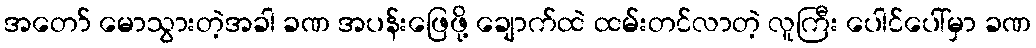
အတော် မောသွားတဲ့အခါ ခဏ အပန်းဖြေဖို့ ချောက်ထဲ ထမ်းတင်လာတဲ့ လူကြီး ပေါင်ပေါ်မှာ ခဏ